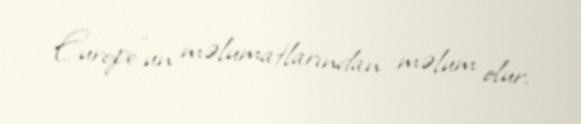
Europe”un məlumatlarından məlum olur.